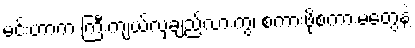
မင်းဟာက ကြီးကျယ်လှချည်လားကွ၊ စကားဖိုစကားမတွေနဲ့